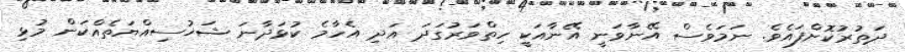
ދަތުރުކޮށްފައެވެ. ނަމަވެސް އޭނާވަނީ އޭނާއަކީ ހިތްވަރުގަދަ އަދި އެހާމެ ކުޅަދާނަ ޝަޚުސިއްޔަތެއްކަން މުޅި